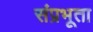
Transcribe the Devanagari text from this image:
संप्रभूता